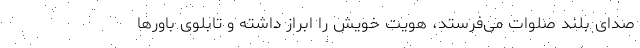
صدای بلند صلوات می‌فرستد، هویت خویش را ابراز داشته و تابلوی باورها